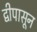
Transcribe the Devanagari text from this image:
द्वीपासून